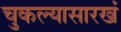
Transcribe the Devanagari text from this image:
चुकल्यासारखं